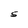
Character: S